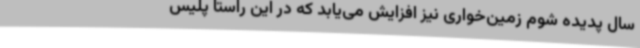
سال پدیده شوم زمین‌خواری نیز افزایش می‌یابد که در این راستا پلیس